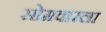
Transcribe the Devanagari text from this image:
सोमवारला